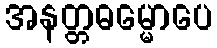
အနတ္တဓမ္မောပေ